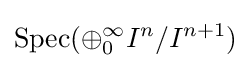
\operatorname {Spec} (\oplus _{0}^{\infty }I^{n}/I^{n+1})